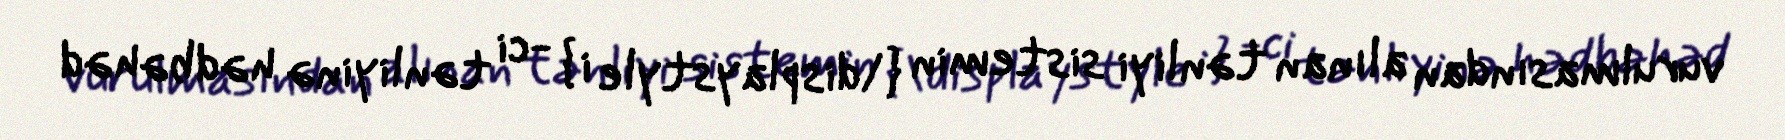
vurulmasından alınan tənliyi sistemin {\displaystyle i} -ci tənliyinə hədbəhəd